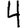
Digit: 4